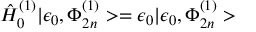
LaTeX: { \hat { H } } _ { 0 } ^ { ( 1 ) } | \epsilon _ { 0 } , \Phi _ { 2 n } ^ { ( 1 ) } > = \epsilon _ { 0 } | \epsilon _ { 0 } , \Phi _ { 2 n } ^ { ( 1 ) } >